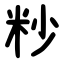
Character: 粆